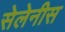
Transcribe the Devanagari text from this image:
सेलेनीस